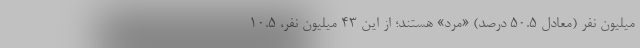
میلیون نفر (معادل ۵۰.۵ درصد) «مرد» هستند؛ از این ۴۳ میلیون نفر، ۱۰.۵